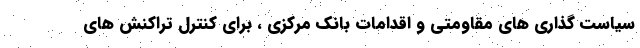
سیاست گذاری های مقاومتی و اقدامات بانک مرکزی ، برای کنترل تراکنش های